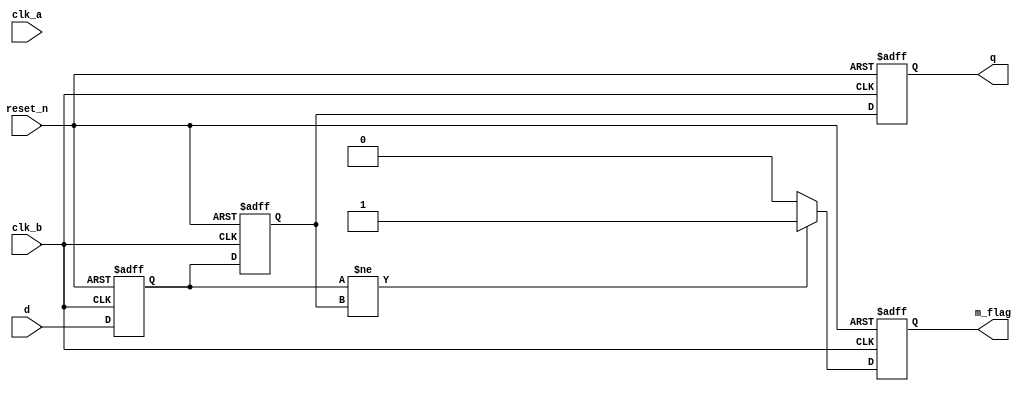
module cdc_detector (
    input wire         clk_a,      // Clock signal of the source domain
    input wire         clk_b,      // Clock signal of the destination domain
    input wire         reset_n,    // Asynchronous active-low reset
    input wire         d,          // Data signal to be monitored
    output reg         m_flag,     // Metastability flag
    output reg         q           // Synchronized output
);

    // Internal signals for the flip-flops
    reg d_ff1, d_ff2;

    // Flip-flop FF1: Sample the data signal in the destination clock domain
    always @(posedge clk_b or negedge reset_n) begin
        if (!reset_n) begin
            d_ff1 <= 1'b0;
        end else begin
            d_ff1 <= d;  // Sample the incoming data signal
        end
    end

    // Flip-flop FF2: Second stage of synchronization
    always @(posedge clk_b or negedge reset_n) begin
        if (!reset_n) begin
            d_ff2 <= 1'b0;
        end else begin
            d_ff2 <= d_ff1;  // Sample the output of FF1
        end
    end

    // Metastability detection logic
    always @(posedge clk_b or negedge reset_n) begin
        if (!reset_n) begin
            m_flag <= 1'b0;  // Clear metastability flag on reset
            q <= 1'b0;       // Clear synchronized output on reset
        end else begin
            // Detect metastability condition
            if (d_ff1 != d_ff2) begin
                m_flag <= 1'b1;  // Set metastability flag if FF1 and FF2 differ
            end else begin
                m_flag <= 1'b0;  // Clear metastability flag if stable
            end
            q <= d_ff2;  // Output the synchronized data
        end
    end

endmodule